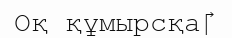
Оқ құмырсқа‎